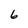
Character: 6